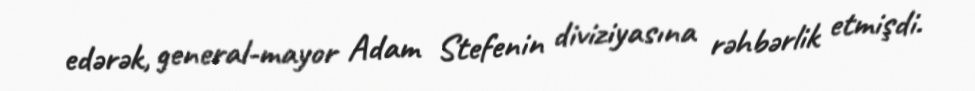
edərək, general-mayor Adam Stefenin diviziyasına rəhbərlik etmişdi.